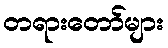
တရားတော်များ